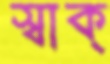
স্বাক্